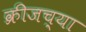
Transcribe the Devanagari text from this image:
क्रीजच्या